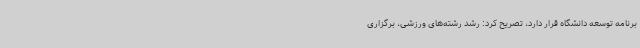
برنامه توسعه دانشگاه قرار دارد، تصریح کرد: رشد رشته‌های ورزشی، برگزاری